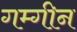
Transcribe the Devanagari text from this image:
गम्गीन